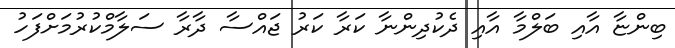
ބިންޏާ އާއި ބަލްމާ އާއި ދެކުދިންނާ ކަރާ ކަރު ޖައްސާ ދާރާ ސަލާމްކުރުމަށްފަހު